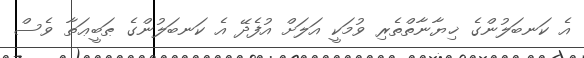
އެ ކަނބަލުންގެ ޚިޔާނާތްތެރި ވުމަކީ އަލަށް އުފެދޭ އެ ކަނބަލުންގެ ޠަބީޢަތާ ވެސް